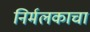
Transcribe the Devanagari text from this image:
निर्मलकाचा